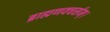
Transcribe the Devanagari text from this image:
ब्राह्मणवचर्सम्।